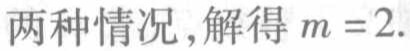
两种情况，解得 \(m = 2\).